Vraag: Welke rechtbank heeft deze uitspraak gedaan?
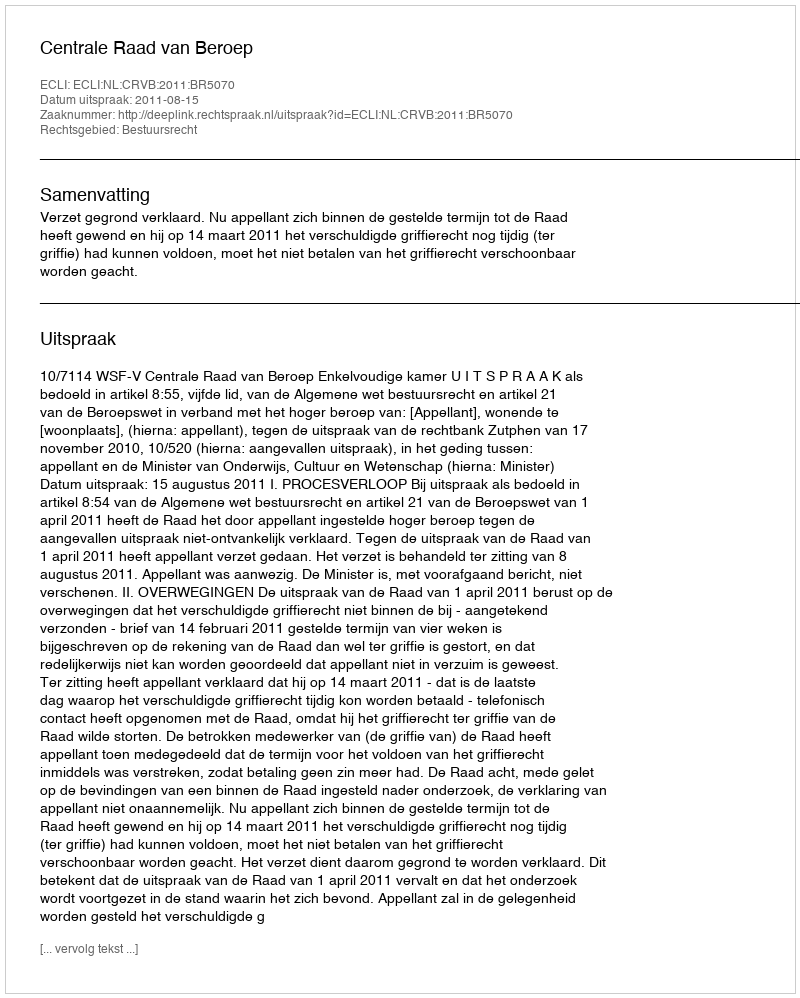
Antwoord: Centrale Raad van Beroep